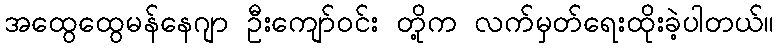
အထွေထွေမန်နေဂျာ ဦးကျော်ဝင်း တို့က လက်မှတ်ရေးထိုးခဲ့ပါတယ်။